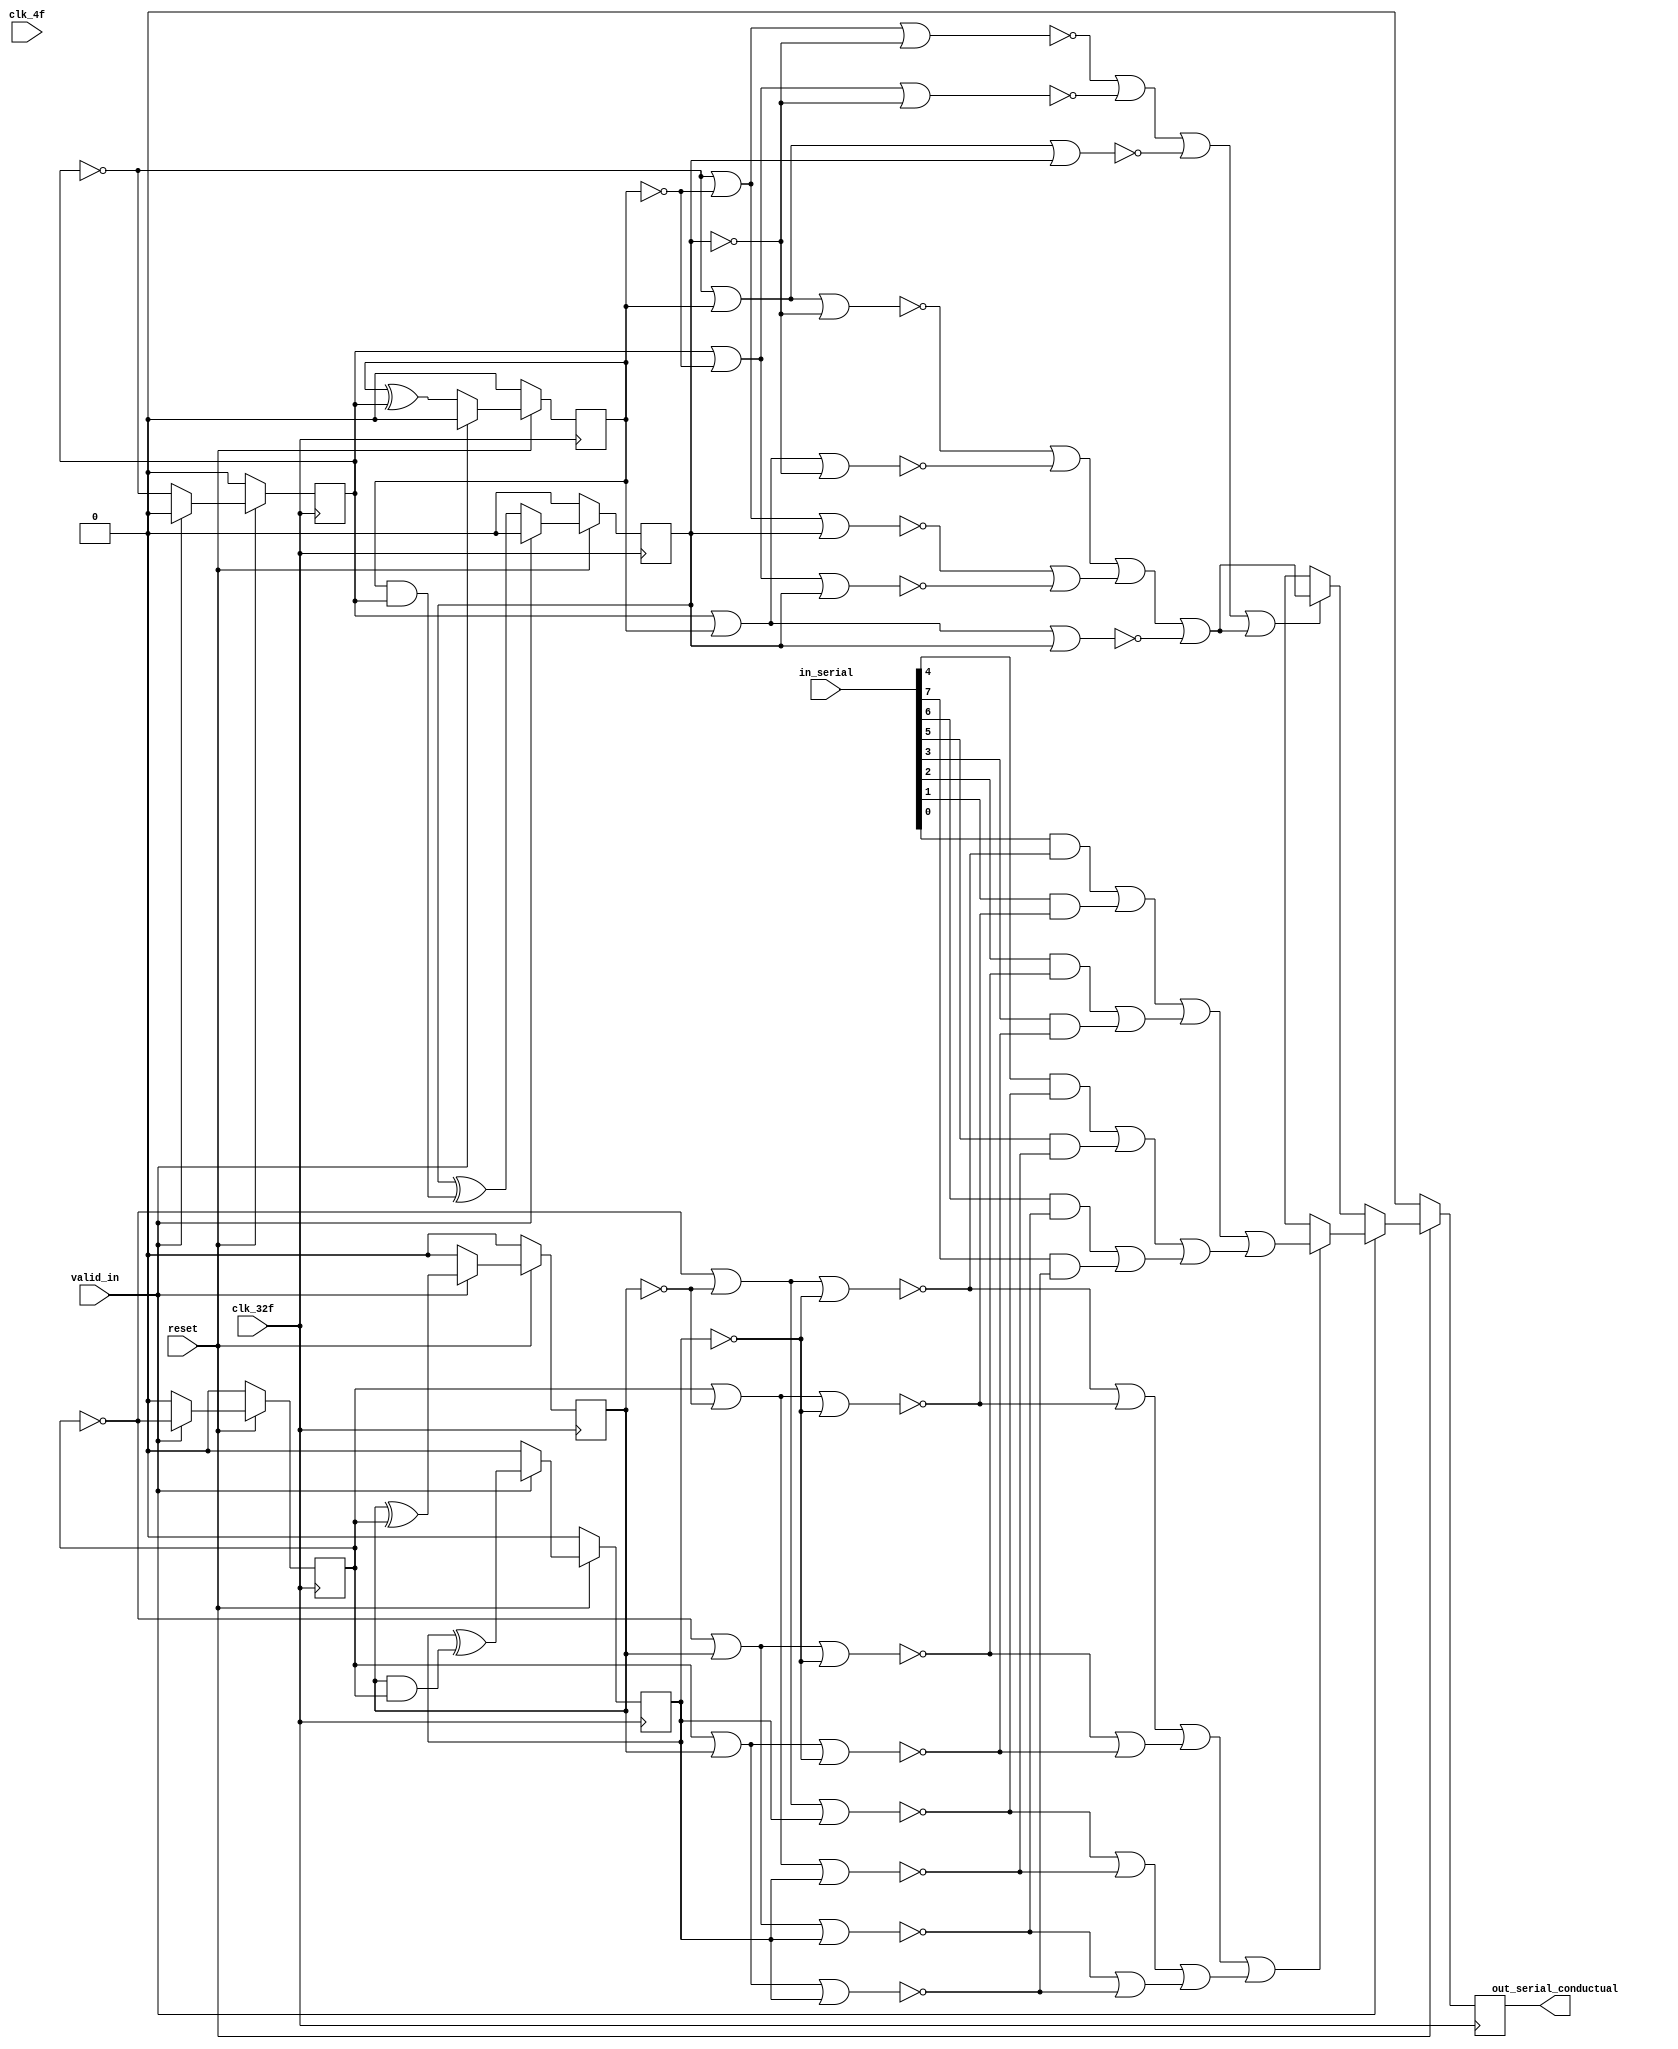
/* Generated by Yosys 0.9 (git sha1 1979e0b) */

(* top =  1  *)
(* src = "paralelo_serial_estructural.v:4" *)
module paralelo_serial_estructural(reset, clk_4f, clk_32f, valid_in, in_serial, out_serial_conductual);
  (* src = "paralelo_serial_estructural.v:15" *)
  wire _000_;
  (* src = "paralelo_serial_estructural.v:15" *)
  wire [2:0] _001_;
  (* src = "paralelo_serial_estructural.v:15" *)
  wire [2:0] _002_;
  (* src = "paralelo_serial_estructural.v:33" *)
  (* unused_bits = "3" *)
  wire [31:0] _003_;
  (* src = "paralelo_serial_estructural.v:50" *)
  (* unused_bits = "3" *)
  wire [31:0] _004_;
  wire _005_;
  wire _006_;
  wire _007_;
  wire _008_;
  wire _009_;
  wire _010_;
  wire _011_;
  wire _012_;
  wire _013_;
  wire _014_;
  wire [1:0] _015_;
  wire _016_;
  wire _017_;
  wire [3:0] _018_;
  wire [1:0] _019_;
  wire [3:0] _020_;
  wire [1:0] _021_;
  wire _022_;
  wire _023_;
  wire [2:0] _024_;
  wire [2:0] _025_;
  wire [2:0] _026_;
  wire [2:0] _027_;
  wire _028_;
  wire _029_;
  wire _030_;
  wire _031_;
  wire _032_;
  wire _033_;
  wire _034_;
  wire _035_;
  wire _036_;
  wire _037_;
  wire _038_;
  wire _039_;
  wire _040_;
  wire _041_;
  wire [2:0] _042_;
  wire _043_;
  wire _044_;
  wire _045_;
  wire _046_;
  wire _047_;
  wire _048_;
  wire _049_;
  wire _050_;
  wire _051_;
  (* src = "paralelo_serial_estructural.v:28|paralelo_serial.v:20|<techmap.v>:432" *)
  wire [7:0] _052_;
  (* src = "paralelo_serial_estructural.v:28|paralelo_serial.v:20|<techmap.v>:428" *)
  wire _053_;
  wire _054_;
  wire _055_;
  wire _056_;
  wire _057_;
  wire _058_;
  wire _059_;
  wire _060_;
  wire _061_;
  wire _062_;
  wire _063_;
  wire [2:0] _064_;
  (* src = "paralelo_serial_estructural.v:33|<techmap.v>:260|<techmap.v>:203" *)
  (* unused_bits = "2" *)
  wire [31:0] _065_;
  (* src = "paralelo_serial_estructural.v:50|paralelo_serial.v:33|<techmap.v>:260|<techmap.v>:203" *)
  (* unused_bits = "2" *)
  wire [31:0] _066_;
  (* src = "paralelo_serial_estructural.v:45|paralelo_serial.v:37|<techmap.v>:445" *)
  wire _067_;
  (* src = "paralelo_serial_estructural.v:28|paralelo_serial.v:20|<techmap.v>:445" *)
  wire _068_;
  (* src = "paralelo_serial_estructural.v:7" *)
  input clk_32f;
  (* src = "paralelo_serial_estructural.v:6" *)
  input clk_4f;
  (* src = "paralelo_serial_estructural.v:9" *)
  input [7:0] in_serial;
  (* src = "paralelo_serial_estructural.v:10" *)
  output out_serial_conductual;
  reg out_serial_conductual;
  (* src = "paralelo_serial_estructural.v:5" *)
  input reset;
  (* src = "paralelo_serial_estructural.v:12" *)
  reg [2:0] selector;
  (* src = "paralelo_serial_estructural.v:13" *)
  reg [2:0] selector_2;
  (* src = "paralelo_serial_estructural.v:8" *)
  input valid_in;
  assign _028_ = _007_ |(* src = "paralelo_serial_estructural.v:22|paralelo_serial.v:20" *)  selector_2[2];
  assign _029_ = _008_ |(* src = "paralelo_serial_estructural.v:23|paralelo_serial.v:20" *)  selector_2[2];
  assign _030_ = _009_ |(* src = "paralelo_serial_estructural.v:24|paralelo_serial.v:20" *)  selector_2[2];
  assign _010_ = selector_2[0] |(* src = "paralelo_serial_estructural.v:25|paralelo_serial.v:20" *)  selector_2[1];
  assign _031_ = _010_ |(* src = "paralelo_serial_estructural.v:25|paralelo_serial.v:20" *)  _025_[2];
  assign _007_ = _003_[0] |(* src = "paralelo_serial_estructural.v:26|paralelo_serial.v:20" *)  selector_2[1];
  assign _032_ = _007_ |(* src = "paralelo_serial_estructural.v:26|paralelo_serial.v:20" *)  _025_[2];
  assign _008_ = selector_2[0] |(* src = "paralelo_serial_estructural.v:27|paralelo_serial.v:20" *)  _024_[1];
  assign _033_ = _008_ |(* src = "paralelo_serial_estructural.v:27|paralelo_serial.v:20" *)  _025_[2];
  assign _009_ = _003_[0] |(* src = "paralelo_serial_estructural.v:28|paralelo_serial.v:20" *)  _024_[1];
  assign _034_ = _009_ |(* src = "paralelo_serial_estructural.v:28|paralelo_serial.v:20" *)  _025_[2];
  assign _035_ = _011_ |(* src = "paralelo_serial_estructural.v:39|paralelo_serial.v:37" *)  selector[2];
  assign _012_ = selector[0] |(* src = "paralelo_serial_estructural.v:40|paralelo_serial.v:37" *)  _026_[1];
  assign _036_ = _012_ |(* src = "paralelo_serial_estructural.v:40|paralelo_serial.v:37" *)  selector[2];
  assign _013_ = _004_[0] |(* src = "paralelo_serial_estructural.v:41|paralelo_serial.v:37" *)  _026_[1];
  assign _037_ = _013_ |(* src = "paralelo_serial_estructural.v:41|paralelo_serial.v:37" *)  selector[2];
  assign _014_ = selector[0] |(* src = "paralelo_serial_estructural.v:42|paralelo_serial.v:37" *)  selector[1];
  assign _038_ = _014_ |(* src = "paralelo_serial_estructural.v:42|paralelo_serial.v:37" *)  _027_[2];
  assign _011_ = _004_[0] |(* src = "paralelo_serial_estructural.v:43|paralelo_serial.v:37" *)  selector[1];
  assign _039_ = _011_ |(* src = "paralelo_serial_estructural.v:43|paralelo_serial.v:37" *)  _027_[2];
  assign _015_[0] = _046_ | _047_;
  assign _015_[1] = _048_ | _049_;
  assign _016_ = _015_[0] | _015_[1];
  assign _006_ = _016_ | _051_;
  assign _040_ = _012_ |(* src = "paralelo_serial_estructural.v:44|paralelo_serial.v:37" *)  _027_[2];
  assign _017_ = _044_ | _045_;
  assign _005_ = _017_ | _050_;
  assign _041_ = _013_ |(* src = "paralelo_serial_estructural.v:45|paralelo_serial.v:37" *)  _027_[2];
  assign _018_[0] = _052_[0] |(* src = "paralelo_serial_estructural.v:28|paralelo_serial.v:20|<techmap.v>:441" *)  _052_[1];
  assign _018_[1] = _052_[2] |(* src = "paralelo_serial_estructural.v:28|paralelo_serial.v:20|<techmap.v>:441" *)  _052_[3];
  assign _018_[2] = _052_[4] |(* src = "paralelo_serial_estructural.v:28|paralelo_serial.v:20|<techmap.v>:441" *)  _052_[5];
  assign _018_[3] = _052_[6] |(* src = "paralelo_serial_estructural.v:28|paralelo_serial.v:20|<techmap.v>:441" *)  _052_[7];
  assign _019_[0] = _018_[0] |(* src = "paralelo_serial_estructural.v:28|paralelo_serial.v:20|<techmap.v>:441" *)  _018_[1];
  assign _019_[1] = _018_[2] |(* src = "paralelo_serial_estructural.v:28|paralelo_serial.v:20|<techmap.v>:441" *)  _018_[3];
  assign _053_ = _019_[0] |(* src = "paralelo_serial_estructural.v:28|paralelo_serial.v:20|<techmap.v>:441" *)  _019_[1];
  assign _020_[0] = _055_ |(* src = "paralelo_serial_estructural.v:28|paralelo_serial.v:20|<techmap.v>:445" *)  _056_;
  assign _020_[1] = _057_ |(* src = "paralelo_serial_estructural.v:28|paralelo_serial.v:20|<techmap.v>:445" *)  _058_;
  assign _020_[2] = _059_ |(* src = "paralelo_serial_estructural.v:28|paralelo_serial.v:20|<techmap.v>:445" *)  _060_;
  assign _020_[3] = _061_ |(* src = "paralelo_serial_estructural.v:28|paralelo_serial.v:20|<techmap.v>:445" *)  _062_;
  assign _021_[0] = _020_[0] |(* src = "paralelo_serial_estructural.v:28|paralelo_serial.v:20|<techmap.v>:445" *)  _020_[1];
  assign _021_[1] = _020_[2] |(* src = "paralelo_serial_estructural.v:28|paralelo_serial.v:20|<techmap.v>:445" *)  _020_[3];
  assign _068_ = _021_[0] |(* src = "paralelo_serial_estructural.v:28|paralelo_serial.v:20|<techmap.v>:445" *)  _021_[1];
  assign _067_ = _005_ |(* src = "paralelo_serial_estructural.v:45|paralelo_serial.v:37|<techmap.v>:445" *)  _006_;
  assign _022_ = _010_ |(* src = "paralelo_serial_estructural.v:21|paralelo_serial.v:20" *)  selector_2[2];
  assign _023_ = _014_ |(* src = "paralelo_serial_estructural.v:38|paralelo_serial.v:37" *)  selector[2];
  assign _062_ = ~(* src = "paralelo_serial_estructural.v:21|paralelo_serial.v:20" *) _022_;
  assign _061_ = ~(* src = "paralelo_serial_estructural.v:22|paralelo_serial.v:20" *) _028_;
  assign _060_ = ~(* src = "paralelo_serial_estructural.v:23|paralelo_serial.v:20" *) _029_;
  assign _059_ = ~(* src = "paralelo_serial_estructural.v:24|paralelo_serial.v:20" *) _030_;
  assign _058_ = ~(* src = "paralelo_serial_estructural.v:25|paralelo_serial.v:20" *) _031_;
  assign _057_ = ~(* src = "paralelo_serial_estructural.v:26|paralelo_serial.v:20" *) _032_;
  assign _051_ = ~(* src = "paralelo_serial_estructural.v:38|paralelo_serial.v:37" *) _023_;
  assign _056_ = ~(* src = "paralelo_serial_estructural.v:27|paralelo_serial.v:20" *) _033_;
  assign _055_ = ~(* src = "paralelo_serial_estructural.v:28|paralelo_serial.v:20" *) _034_;
  assign _050_ = ~(* src = "paralelo_serial_estructural.v:39|paralelo_serial.v:37" *) _035_;
  assign _049_ = ~(* src = "paralelo_serial_estructural.v:40|paralelo_serial.v:37" *) _036_;
  assign _048_ = ~(* src = "paralelo_serial_estructural.v:41|paralelo_serial.v:37" *) _037_;
  assign _047_ = ~(* src = "paralelo_serial_estructural.v:42|paralelo_serial.v:37" *) _038_;
  assign _046_ = ~(* src = "paralelo_serial_estructural.v:43|paralelo_serial.v:37" *) _039_;
  assign _045_ = ~(* src = "paralelo_serial_estructural.v:44|paralelo_serial.v:37" *) _040_;
  assign _044_ = ~(* src = "paralelo_serial_estructural.v:45|paralelo_serial.v:37" *) _041_;
  assign _000_ = reset ? (* src = "paralelo_serial_estructural.v:17" *) _063_ : 1'h0;
  assign _064_[0] = valid_in ? (* src = "paralelo_serial_estructural.v:18" *) _003_[0] : 1'h0;
  assign _064_[1] = valid_in ? (* src = "paralelo_serial_estructural.v:18" *) _003_[1] : 1'h0;
  assign _064_[2] = valid_in ? (* src = "paralelo_serial_estructural.v:18" *) _003_[2] : 1'h0;
  assign _063_ = valid_in ? (* src = "paralelo_serial_estructural.v:18" *) _054_ : _043_;
  assign _001_[0] = reset ? (* src = "paralelo_serial_estructural.v:17" *) _042_[0] : 1'h0;
  assign _001_[1] = reset ? (* src = "paralelo_serial_estructural.v:17" *) _042_[1] : 1'h0;
  assign _001_[2] = reset ? (* src = "paralelo_serial_estructural.v:17" *) _042_[2] : 1'h0;
  assign _002_[0] = reset ? (* src = "paralelo_serial_estructural.v:17" *) _064_[0] : 1'h0;
  assign _002_[1] = reset ? (* src = "paralelo_serial_estructural.v:17" *) _064_[1] : 1'h0;
  assign _002_[2] = reset ? (* src = "paralelo_serial_estructural.v:17" *) _064_[2] : 1'h0;
  assign _042_[0] = valid_in ? (* src = "paralelo_serial_estructural.v:18" *) 1'h0 : _004_[0];
  assign _042_[1] = valid_in ? (* src = "paralelo_serial_estructural.v:18" *) 1'h0 : _004_[1];
  assign _042_[2] = valid_in ? (* src = "paralelo_serial_estructural.v:18" *) 1'h0 : _004_[2];
  assign _054_ = _068_ ? (* src = "paralelo_serial_estructural.v:28|paralelo_serial.v:20|<techmap.v>:445" *) _053_ : 1'hx;
  assign _043_ = _067_ ? (* src = "paralelo_serial_estructural.v:45|paralelo_serial.v:37|<techmap.v>:445" *) _006_ : 1'hx;
  (* src = "paralelo_serial_estructural.v:15" *)
  always @(posedge clk_32f)
      out_serial_conductual <= _000_;
  (* src = "paralelo_serial_estructural.v:15" *)
  always @(posedge clk_32f)
      selector_2[0] <= _002_[0];
  (* src = "paralelo_serial_estructural.v:15" *)
  always @(posedge clk_32f)
      selector_2[1] <= _002_[1];
  (* src = "paralelo_serial_estructural.v:15" *)
  always @(posedge clk_32f)
      selector_2[2] <= _002_[2];
  (* src = "paralelo_serial_estructural.v:15" *)
  always @(posedge clk_32f)
      selector[0] <= _001_[0];
  (* src = "paralelo_serial_estructural.v:15" *)
  always @(posedge clk_32f)
      selector[1] <= _001_[1];
  (* src = "paralelo_serial_estructural.v:15" *)
  always @(posedge clk_32f)
      selector[2] <= _001_[2];
  assign _066_[1] = selector[1] &(* src = "paralelo_serial_estructural.v:50|paralelo_serial.v:33|<techmap.v>:260|<techmap.v>:221" *)  selector[0];
  assign _003_[0] = selector_2[0] ^(* src = "paralelo_serial_estructural.v:28|paralelo_serial.v:20" *)  1'h1;
  assign _024_[1] = selector_2[1] ^(* src = "paralelo_serial_estructural.v:28|paralelo_serial.v:20" *)  1'h1;
  assign _025_[2] = selector_2[2] ^(* src = "paralelo_serial_estructural.v:28|paralelo_serial.v:20" *)  1'h1;
  assign _004_[0] = selector[0] ^(* src = "paralelo_serial_estructural.v:45|paralelo_serial.v:37" *)  1'h1;
  assign _026_[1] = selector[1] ^(* src = "paralelo_serial_estructural.v:45|paralelo_serial.v:37" *)  1'h1;
  assign _027_[2] = selector[2] ^(* src = "paralelo_serial_estructural.v:45|paralelo_serial.v:37" *)  1'h1;
  assign _052_[4] = in_serial[4] &(* src = "paralelo_serial_estructural.v:28|paralelo_serial.v:20|<techmap.v>:434" *)  _059_;
  assign _052_[7] = in_serial[7] &(* src = "paralelo_serial_estructural.v:28|paralelo_serial.v:20|<techmap.v>:434" *)  _062_;
  assign _052_[6] = in_serial[6] &(* src = "paralelo_serial_estructural.v:28|paralelo_serial.v:20|<techmap.v>:434" *)  _061_;
  assign _052_[5] = in_serial[5] &(* src = "paralelo_serial_estructural.v:28|paralelo_serial.v:20|<techmap.v>:434" *)  _060_;
  assign _052_[3] = in_serial[3] &(* src = "paralelo_serial_estructural.v:28|paralelo_serial.v:20|<techmap.v>:434" *)  _058_;
  assign _052_[2] = in_serial[2] &(* src = "paralelo_serial_estructural.v:28|paralelo_serial.v:20|<techmap.v>:434" *)  _057_;
  assign _052_[1] = in_serial[1] &(* src = "paralelo_serial_estructural.v:28|paralelo_serial.v:20|<techmap.v>:434" *)  _056_;
  assign _052_[0] = in_serial[0] &(* src = "paralelo_serial_estructural.v:28|paralelo_serial.v:20|<techmap.v>:434" *)  _055_;
  assign _003_[1] = selector_2[1] ^(* src = "paralelo_serial_estructural.v:33|<techmap.v>:263" *)  selector_2[0];
  assign _003_[2] = selector_2[2] ^(* src = "paralelo_serial_estructural.v:33|<techmap.v>:263" *)  _065_[1];
  assign _004_[1] = selector[1] ^(* src = "paralelo_serial_estructural.v:50|paralelo_serial.v:33|<techmap.v>:263" *)  selector[0];
  assign _004_[2] = selector[2] ^(* src = "paralelo_serial_estructural.v:50|paralelo_serial.v:33|<techmap.v>:263" *)  _066_[1];
  assign _065_[1] = selector_2[1] &(* src = "paralelo_serial_estructural.v:33|<techmap.v>:260|<techmap.v>:221" *)  selector_2[0];
  assign _003_[31:4] = 28'h0000000;
  assign _004_[31:4] = 28'h0000000;
  assign { _024_[2], _024_[0] } = { selector_2[2], selector_2[0] };
  assign _025_[1:0] = selector_2[1:0];
  assign { _026_[2], _026_[0] } = { selector[2], selector[0] };
  assign _027_[1:0] = selector[1:0];
  assign { _065_[31:2], _065_[0] } = { 29'h00000000, _003_[3], selector_2[0] };
  assign { _066_[31:2], _066_[0] } = { 29'h00000000, _004_[3], selector[0] };
endmodule